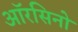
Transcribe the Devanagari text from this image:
ऑरसिनो